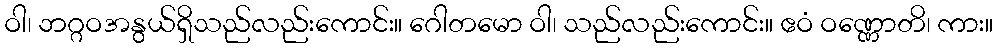
ဝါ၊ ဘဂ္ဂဝအနွယ်ရှိသည်လည်းကောင်း။ ဂေါတမော ဝါ၊ သည်လည်းကောင်း။ ဧဝံ ဝဏ္ဏောတိ၊ ကား။